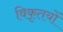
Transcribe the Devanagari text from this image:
विकृतयों